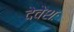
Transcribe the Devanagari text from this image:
देवेशः